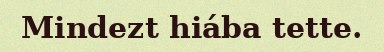
Mindezt hiába tette.